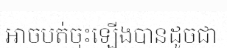
អាចបត់ចុះឡើងបានដូចជា